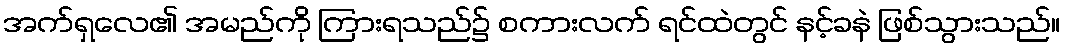
အက်ရှလေ၏ အမည်ကို ကြားရသည်၌ စကားလက် ရင်ထဲတွင် နင့်ခနဲ ဖြစ်သွားသည်။